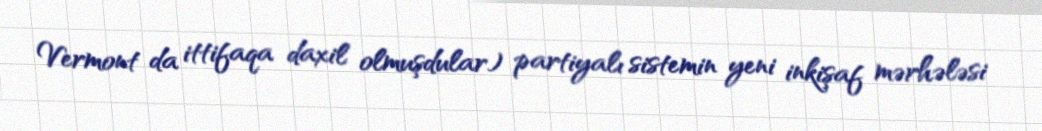
Vermont da ittifaqa daxil olmuşdular) partiyalı sistemin yeni inkişaf mərhələsi